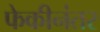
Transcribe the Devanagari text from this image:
फेकीनंतर